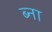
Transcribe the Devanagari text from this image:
ब्ना